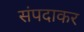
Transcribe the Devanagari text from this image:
संपदाकर